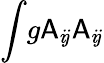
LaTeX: \int\! g\mathsf{A}_{i\! j}\mathsf{A}_{i\! j}